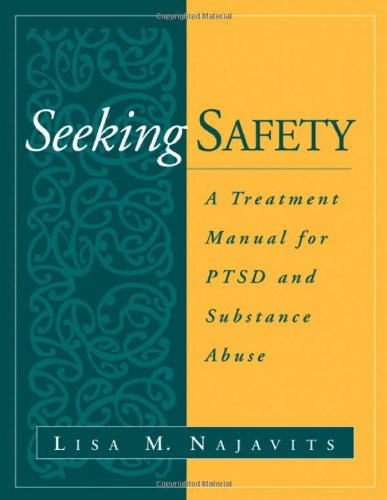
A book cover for Seeking Safety: A Treatment Manual for PTSD and Substance Abuse (Guilford Substance Abuse); Lisa M. Najavits; Medical Books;